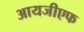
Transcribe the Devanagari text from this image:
आयजीएफ